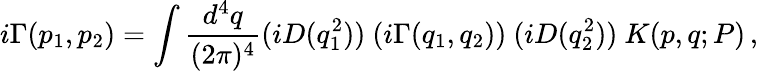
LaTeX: i\Gamma(p_{1},p_{2})=\int{\frac{d^{4}q}{(2\pi)^{4}}}(iD(q_{1}^{2}))~(i\Gamma(q_{1},q_{2}))~(iD(q_{2}^{2}))~K(p,q;P)\, ,